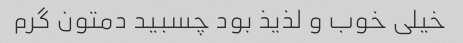
خیلی خوب و‌ لذیذ بود چسبید دمتون گرم